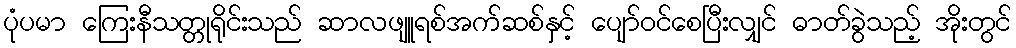
ပုံပမာ ကြေးနီသတ္တုရိုင်းသည် ဆာလဖျူရစ်အက်ဆစ်နှင့် ပျော်ဝင်စေပြီးလျှင် ဓာတ်ခွဲသည့် အိုးတွင်